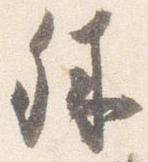
殊